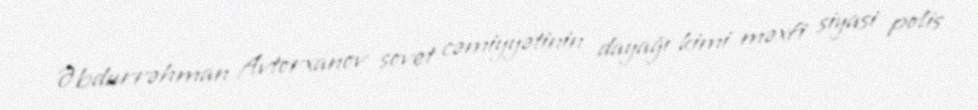
Əbdurrəhman Avtorxanov sovet cəmiyyətinin dayağı kimi məxfi siyasi polis